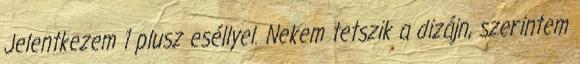
Jelentkezem 1 plusz eséllyel. Nekem tetszik a dizájn, szerintem